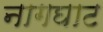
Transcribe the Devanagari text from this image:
नागघाट